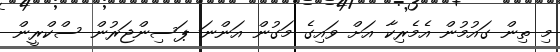
މި ތިން ގައުމުން އެމެރިކާ އަށް ވައިގެ މަގުން އަންނަ ޕަސިންޖަރުން ސްކްރީން